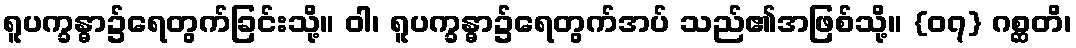
ရူပက္ခန္ဓာ၌ရေတွက်ခြင်းသို့။ ဝါ၊ ရူပက္ခန္ဓာ၌ရေတွက်အပ် သည်၏အဖြစ်သို့။ {၀၇} ဂစ္ဆတိ၊